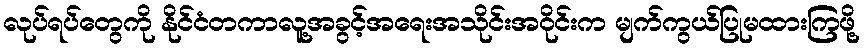
လုပ်ရပ်တွေကို နိုင်ငံတကာလူ့အခွင့်အရေးအသိုင်းအဝိုင်းက မျက်ကွယ်ပြုမထားကြဖို့